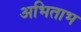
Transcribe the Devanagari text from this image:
अभिताभ